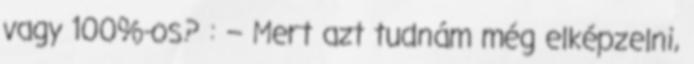
vagy 100%-os? : – Mert azt tudnám még elképzelni,